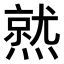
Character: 𤏅